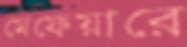
মেফেয়ারে